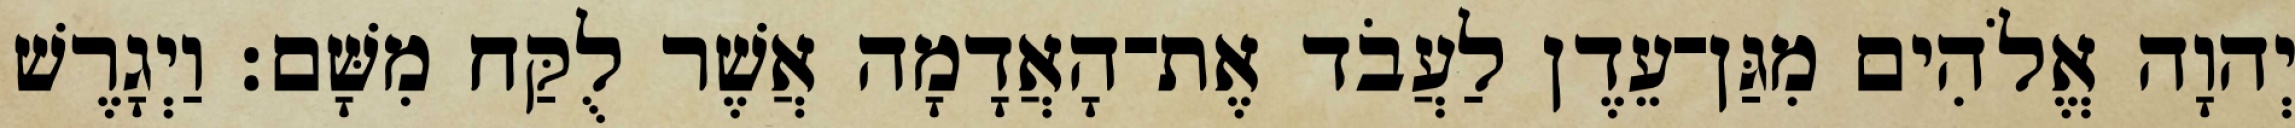
יְהוָה אֱלֹהִים מִגַּן־עֵדֶן לַעֲבֹד אֶת־הָאֲדָמָה אֲשֶׁר לֻקַּח מִשָּׁם׃ וַיְגָרֶשׁ